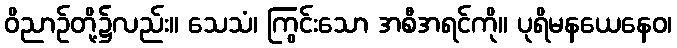
ဝိညာဉ်တို့၌လည်း။ သေသံ၊ ကြွင်းသော အစီအရင်ကို။ ပုရိမနယေနေဝ၊